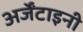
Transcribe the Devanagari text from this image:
अर्जेंटाइनी